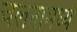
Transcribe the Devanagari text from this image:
चलनांमध्ये